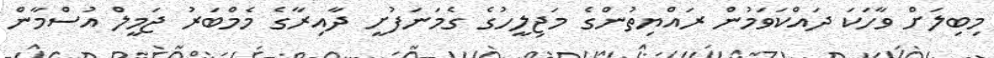
މިބިލަށް ވާހަކަ ދައްކަވަމުން ރައްޔިތުުންގެ މަޖިލީހުގެ ގެމަނަފުށީ ދާއިރާގެ މެމްބަރު ޖަމީލް އުސްމާން